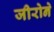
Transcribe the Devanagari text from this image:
जीरोने